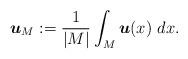
LaTeX: \begin{align*} {\boldsymbol{u}}_M := \frac{1}{|M|} \int_M {\boldsymbol{u}}(x)~dx. \end{align*}